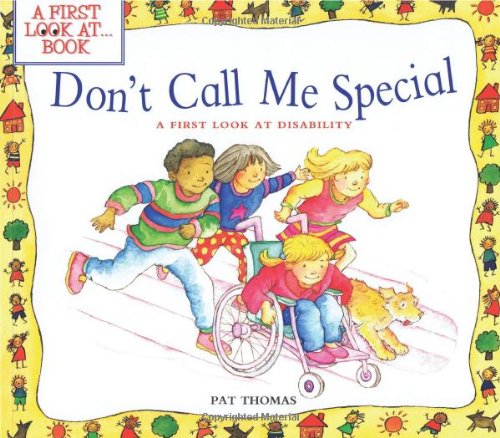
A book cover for Don't Call Me Special: A First Look at Disability (A First Look At...Series); Pat Thomas; Health, Fitness & Dieting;